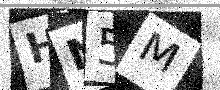
Text: HN5M